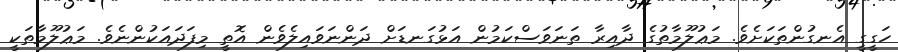
ހަގީގީ އެނގުންތަކަށެވެ. މަޢުލޫމާތުގެ ދާއިރާ ތަނަވަސްކަމުން އަޅުގަނޑަށް ދަންނަވައިލެވެން އޮތީ މިފަދައަކުންނެވެ. މަޢުލޫމާތަކީ